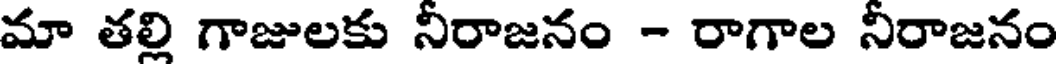
మా తల్లి గాజులకు నీరాజనం - రాగాల నీరాజనం